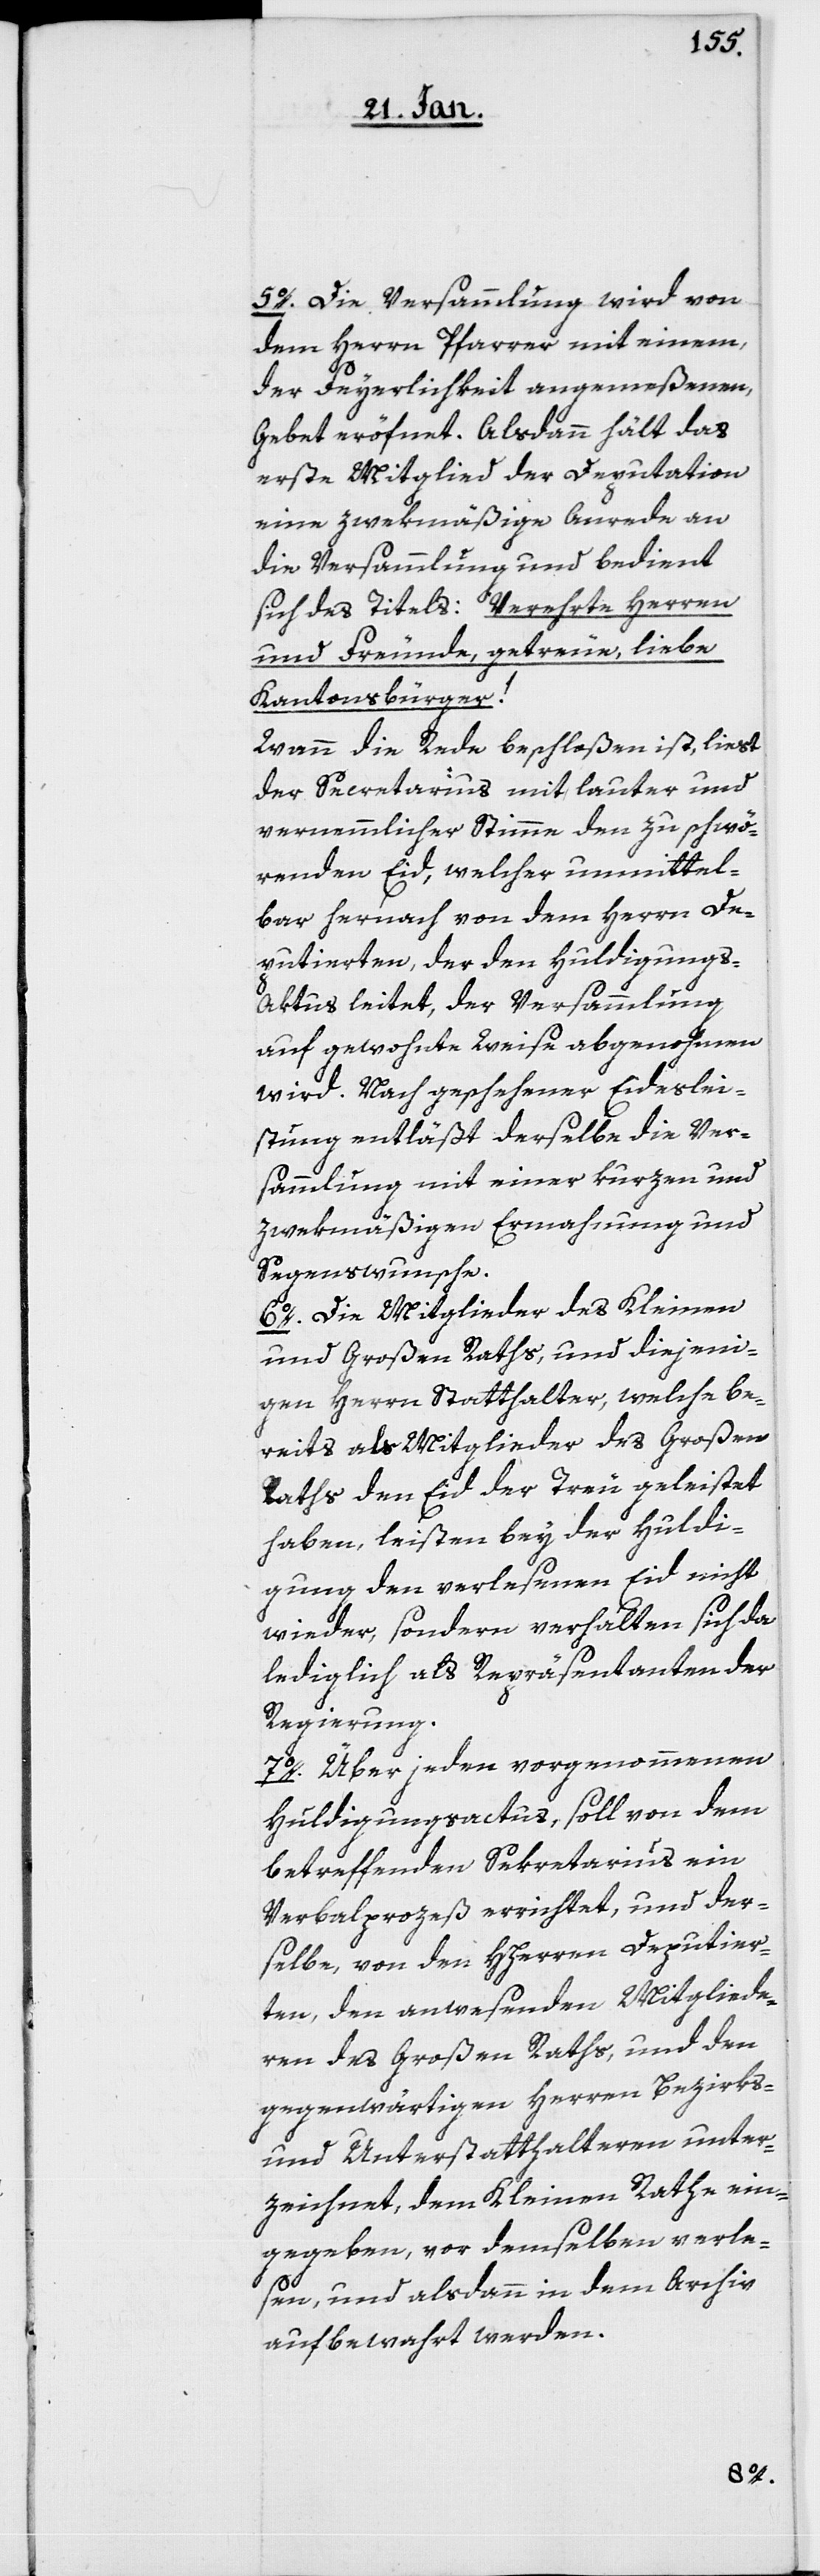
5o. Die Versammlung wird von
dem Herrn Pfarrer mit einem,
der Feyerlichkeit angemeßenen
Gebet eröfnet. Alsdann hält das
erste Mitglied der Deputation
eine zwekmäßige Anrede an
die Versammlung und bedient
sich des Titels: Verehrte Herren
und Freunde, getreue, liebe
Kantonsbürger!
Wann die Rede beschloßen ist, liest
der Secretarius mit lauter und
vernehmlicher Stimme den zu schwö¬
renden Eid, welcher unmittel¬
bar hernach von dem Herrn De¬
putierten, der den Huldigungs-A¬
ktus leitet, der Versammlung
auf gewohnte Weise abgenohmen
wird. Nach geschehener Eideslei¬
stung entläßt derselbe die Ver¬
sammlung mit einer kurzen und
zwekmäßigen Ermahnung und
Segenswunsche.
6o. Die Mitglieder des Kleinen
und Großen Raths, und diejeni¬
gen Herren Statthalter, welche be¬
reits als Mitglieder des Großen
Raths den Eid der Treu geleistet
haben, leisten bey der Huldi¬
gung den verlesenen Eid nicht
wieder, sondern verhalten sich da
lediglich als Repräsentanten der
Regierung.
7o. Über jeden vorgenommenen
Huldigungsactus, soll von dem
betreffenden Sekretarius ein
Verbalprozeß errichtet, und der¬
selbe, von den HHerren Deputier¬
ten, den anwesenden Mitgliede¬
ren des Großen Raths, und den
gegenwärtigen Herren Bezirks-
und Unterstatthalteren unter¬
zeichnet, dem Kleinen Rathe ein¬
gegeben, vor demselben verle¬
sen, und alsdann in dem Archiv
aufbewahrt werden.